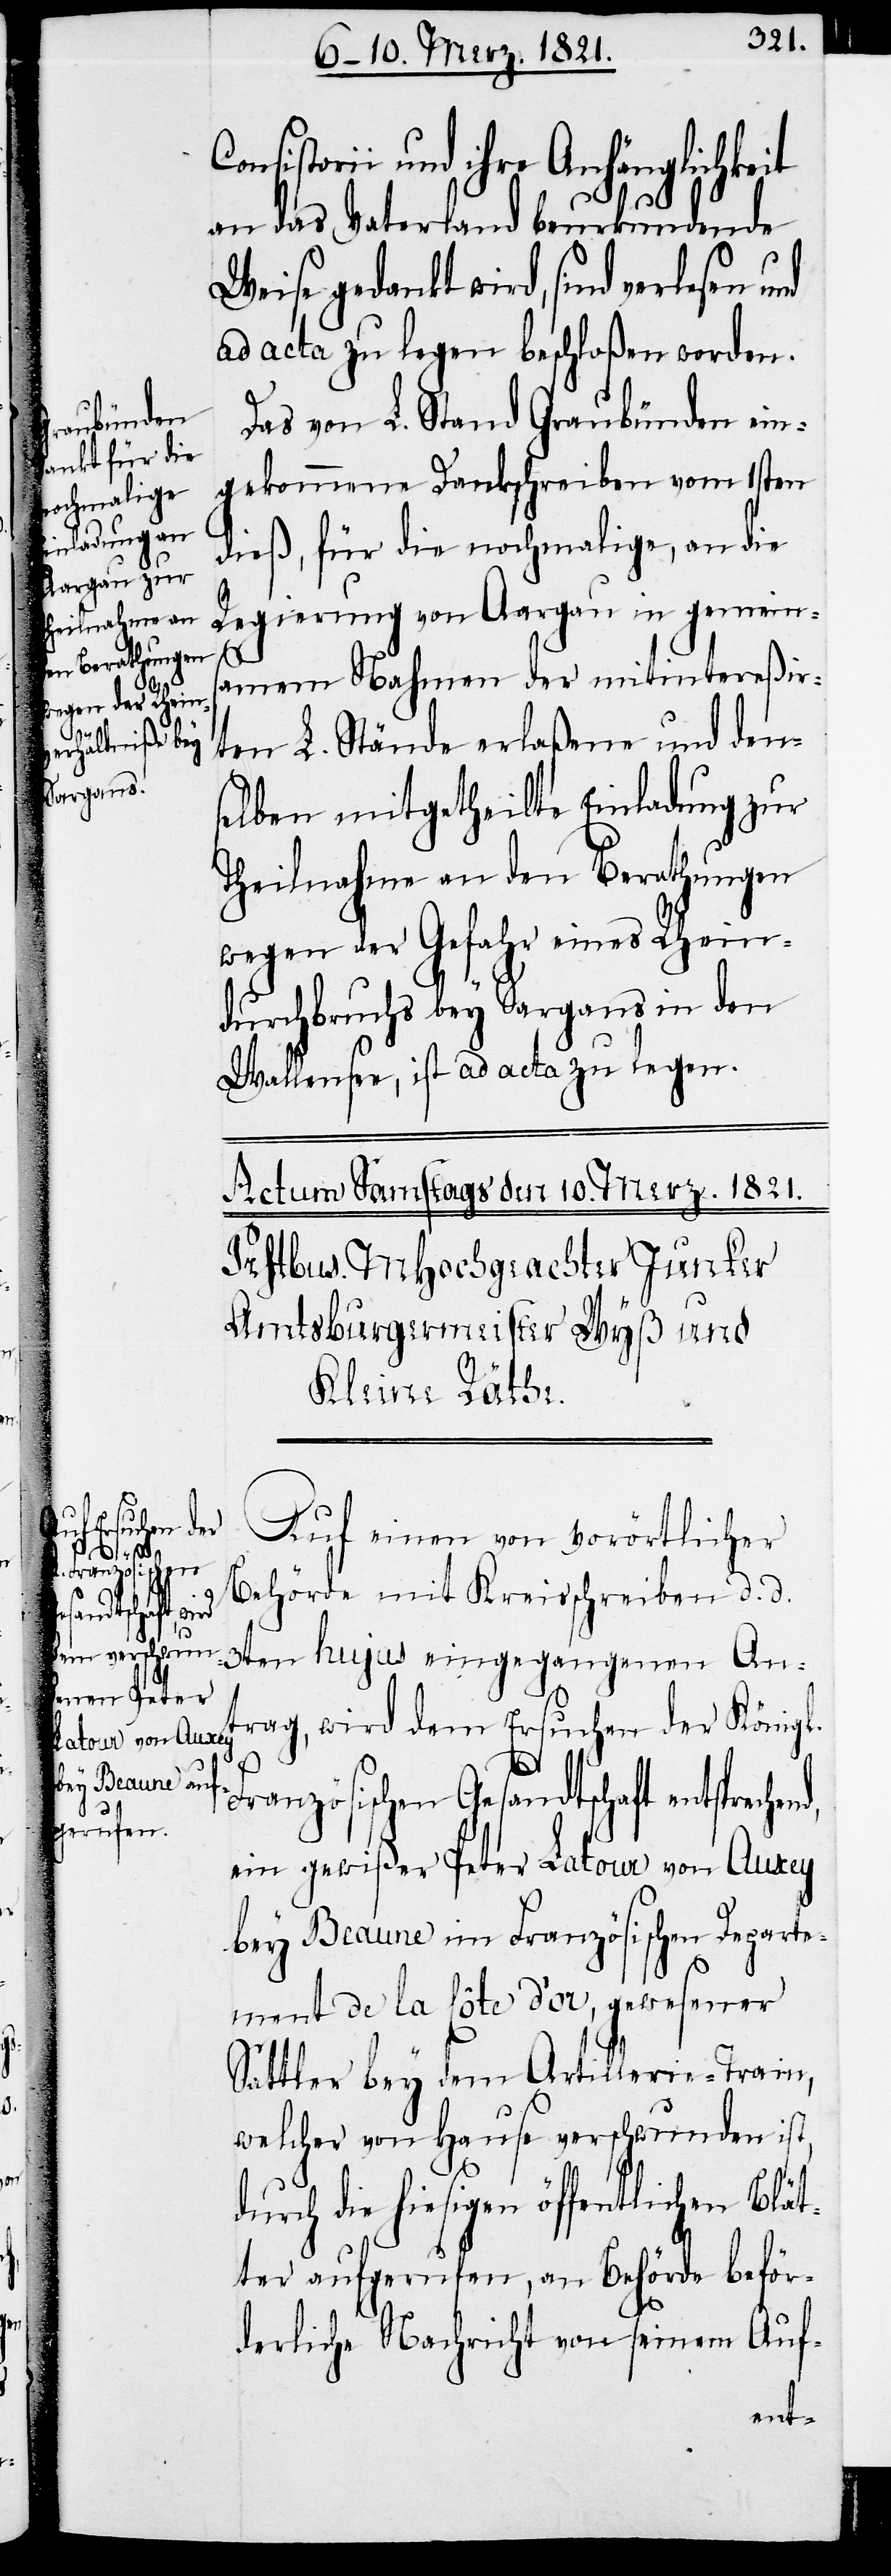
Consi¬
nd,

storii und ihre Anhänglichkeit
an das Vaterland beurkundende
Weise gedankt wird, sind verlesen und
ad acta zu legen beschloßen worden.
Das von L. Stand Graubünden ein¬
gekommene Dankschreiben vom 1sten
dieß, für die nochmalige, an die
Regierung von Aargau in gemein¬
samem Nahmen der mitintereßir¬
ten L. Stände erlaßene und den¬
selben mitgetheilte Einladung zur
Theilnahme an den Berathungen
wegen der Gefahr eines Rhein¬
durchbruchs bey Sargans in den
Wallensee, ist ad acta zu legen.
Auf einen von vorörtlicher
Behörde mit Kreisschreiben d. d.
3ten hujus eingegangenen Ant¬
rag, wird dem Ersuchen der Königl.
Französischen Gesandtschaft entspreche¬
ein gewißer Peter Latour von Auxey
bey Beaune im Französischen Departe¬
ment de la Côte d’or, gewesener
Sattler bey dem Artillerie-Train,
welcher von Hause verschwunden ist,
durch die hiesige öffentlichen Blät¬
ter aufgerufen, an Behörde beför¬
derliche Nachricht von seinem Auf-